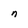
Character: n